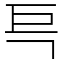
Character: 巪